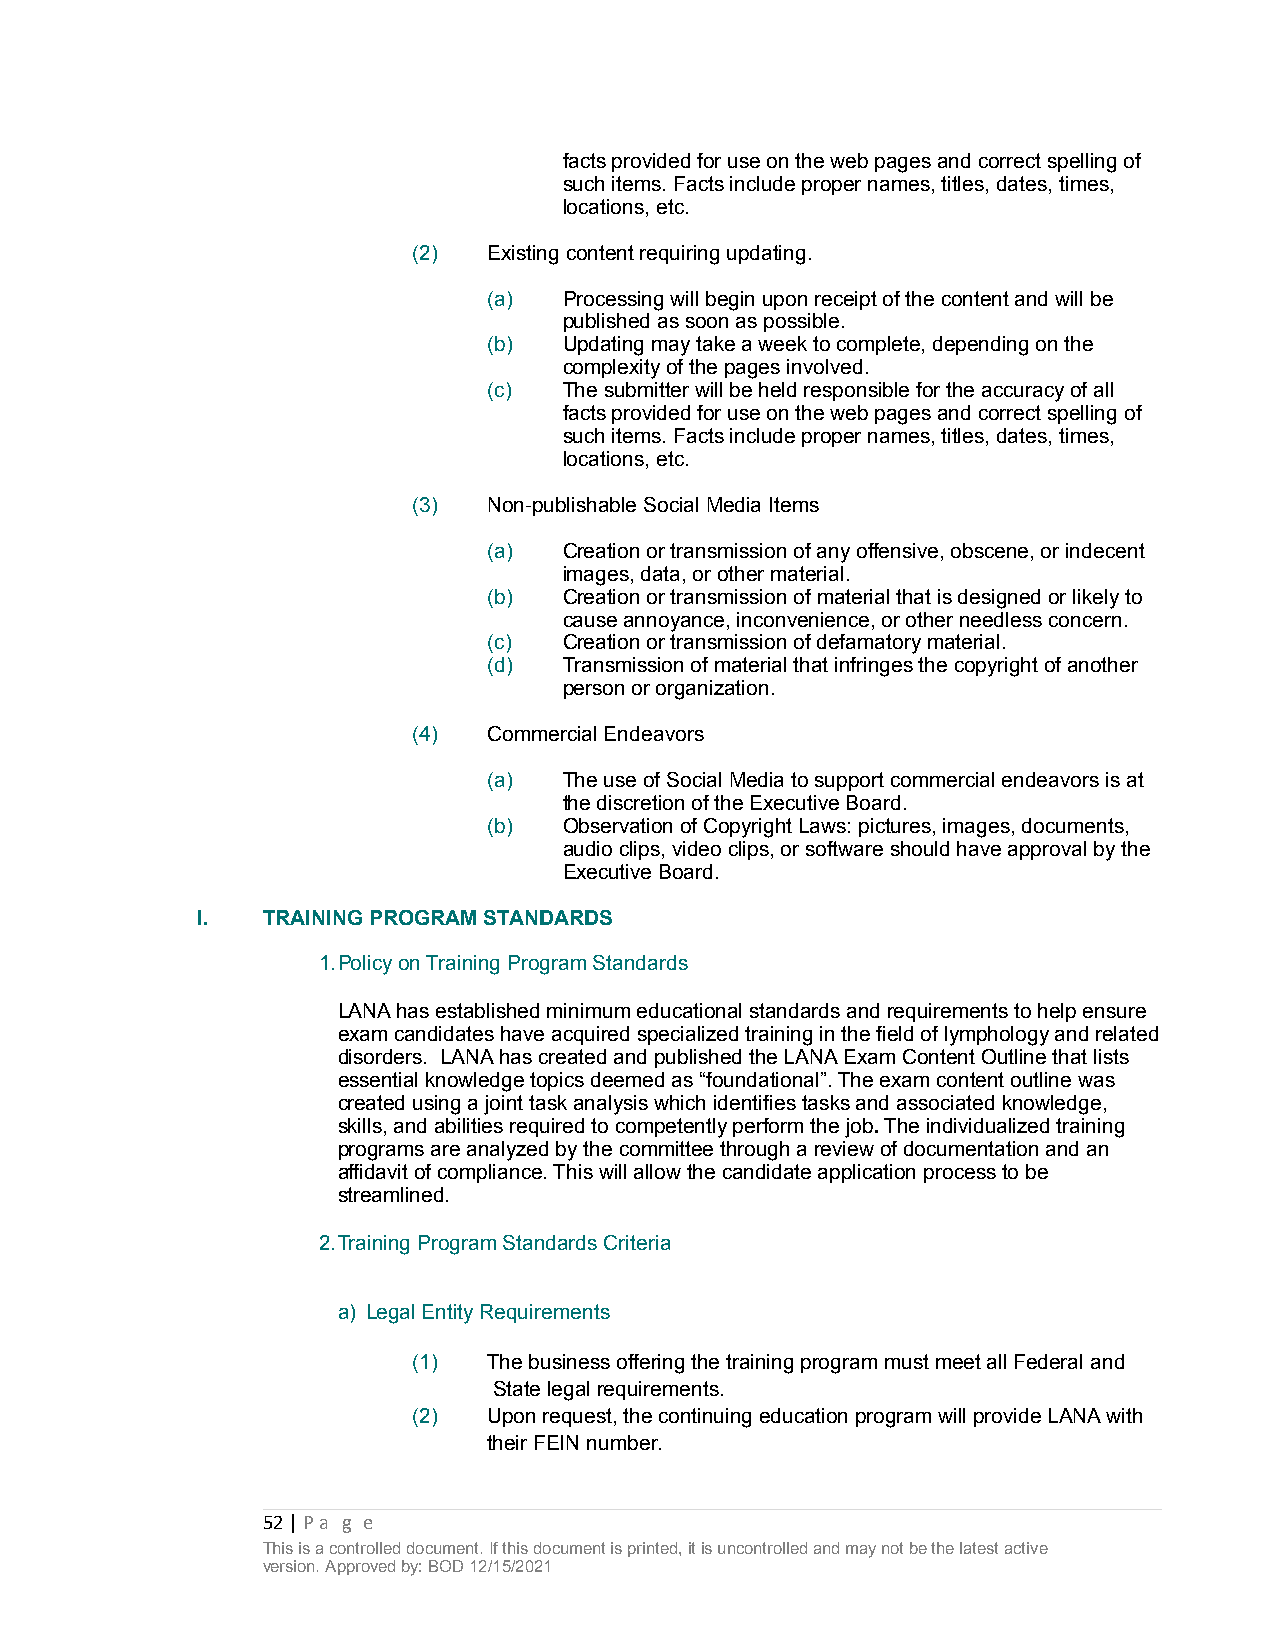
facts provided for use on the web pages and correct spelling of
 such items. Facts include proper names, titles, dates, times,
 locations, etc.
 (2)  Existing content requiring updating.
 (a)  Processing will begin upon receipt of the content and will be
 published as soon as possible.
 (b)  Updating may take a week to complete, depending on the
 complexity of the pages involved.
 (c)  The submitter will be held responsible for the accuracy of all
 facts provided for use on the web pages and correct spelling of
 such items. Facts include proper names, titles, dates, times,
 locations, etc.
 (3)  Non-publishable Social Media Items
 (a)  Creation or transmission of any offensive, obscene, or indecent
 images, data, or other material.
 (b)  Creation or transmission of material that is designed or likely to
 cause annoyance, inconvenience, or other needless concern.
 (c)  Creation or transmission of defamatory material.
 (d)  Transmission of material that infringes the copyright of another
 person or organization.
 (4)  Commercial Endeavors
 (a)  The use of Social Media to support commercial endeavors is at
 the discretion of the Executive Board.
 (b)  Observation of Copyright Laws: pictures, images, documents,
 audio clips, video clips, or software should have approval by the
 Executive Board.
 I.  TRAINING PROGRAM STANDARDS
 1.Policy on Training Program Standards
 LANA has established minimum educational standards and requirements to help ensure
 exam candidates have acquired specialized training in the field of lymphology and related
 disorders. LANA has created and published the LANA Exam Content Outline that lists
 essential knowledge topics deemed as “foundational”. The exam content outline was
 created using a joint task analysis which identifies tasks and associated knowledge,
 skills, and abilities required to competently perform the job. The individualized training
 programs are analyzed by the committee through a review of documentation and an
 affidavit of compliance. This will allow the candidate application process to be
 streamlined.
 2.Training Program Standards Criteria
 a) Legal Entity Requirements
 (1)  The business offering the training program must meet all Federal and
 State legal requirements.
 (2)  Upon request, the continuing education program will provide LANA with
 their FEIN number.
 52 | Pa g e
 This is a controlled document. If this document is printed, it is uncontrolled and may not be the latest active
 version. Approved by: BOD 12/15/2021